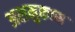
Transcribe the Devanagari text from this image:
अशमुकाम